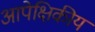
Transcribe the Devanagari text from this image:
आपेक्षिकीय